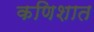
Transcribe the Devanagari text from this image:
कणिशात